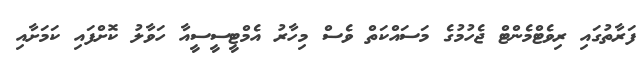
ފަރާތުގައި ރިވެޓްމެންޓް ޖެހުމުގެ މަސައްކަތް ވެސް މިހާރު އެމްޓީސީސީއާ ހަވާލު ކޮށްފައި ކަމަށާއި